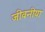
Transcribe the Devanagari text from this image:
जीवनीया